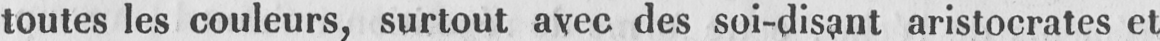
toutes les couleurs, surtout avec des soi-disant aristocrates et